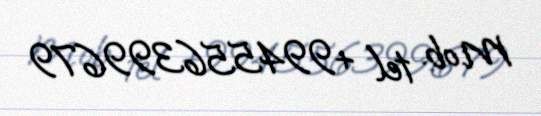
Mob. tel +994556399679